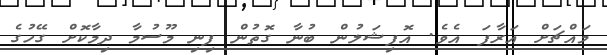
މައްޗަށް އަރާފަ އެވެ. އޮފިޝަލުން ބުނާ ގޮތުން ފިނި މޫސުމާ ދިމާކޮށް ގޭހުގެ